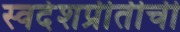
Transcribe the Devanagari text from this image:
स्वदेशप्रीतीची